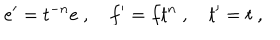
e ^ { \prime } = t ^ { - n } e ~ , ~ f ^ { \prime } = f t ^ { n } ~ , ~ t ^ { \prime } = t ~ ,